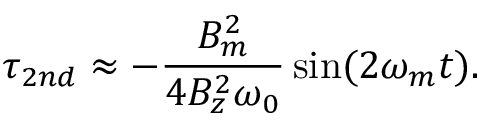
\tau _ { 2 n d } \approx - \frac { B _ { m } ^ { 2 } } { 4 B _ { z } ^ { 2 } \omega _ { 0 } } \sin ( 2 \omega _ { m } t ) .